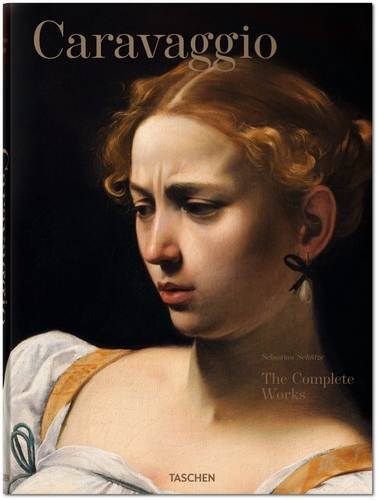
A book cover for Caravaggio: Complete Works; Sebastian SchÃ¼tze; Arts & Photography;